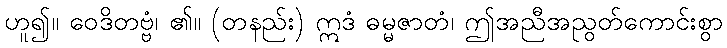
ဟူ၍။ ဝေဒိတဗ္ဗံ၊ ၏။ (တနည်း) ဣဒံ ဓမ္မဇာတံ၊ ဤအညီအညွတ်ကောင်းစွာ